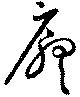
廳